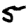
Digit: 5